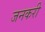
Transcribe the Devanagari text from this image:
जनकरी